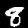
Label: 8